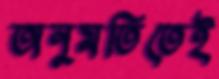
অনুমতিতেই